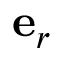
\mathbf { e } _ { r }